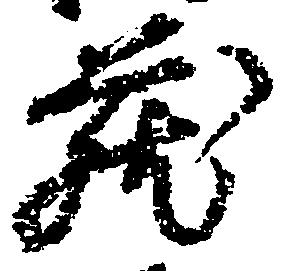
蔵